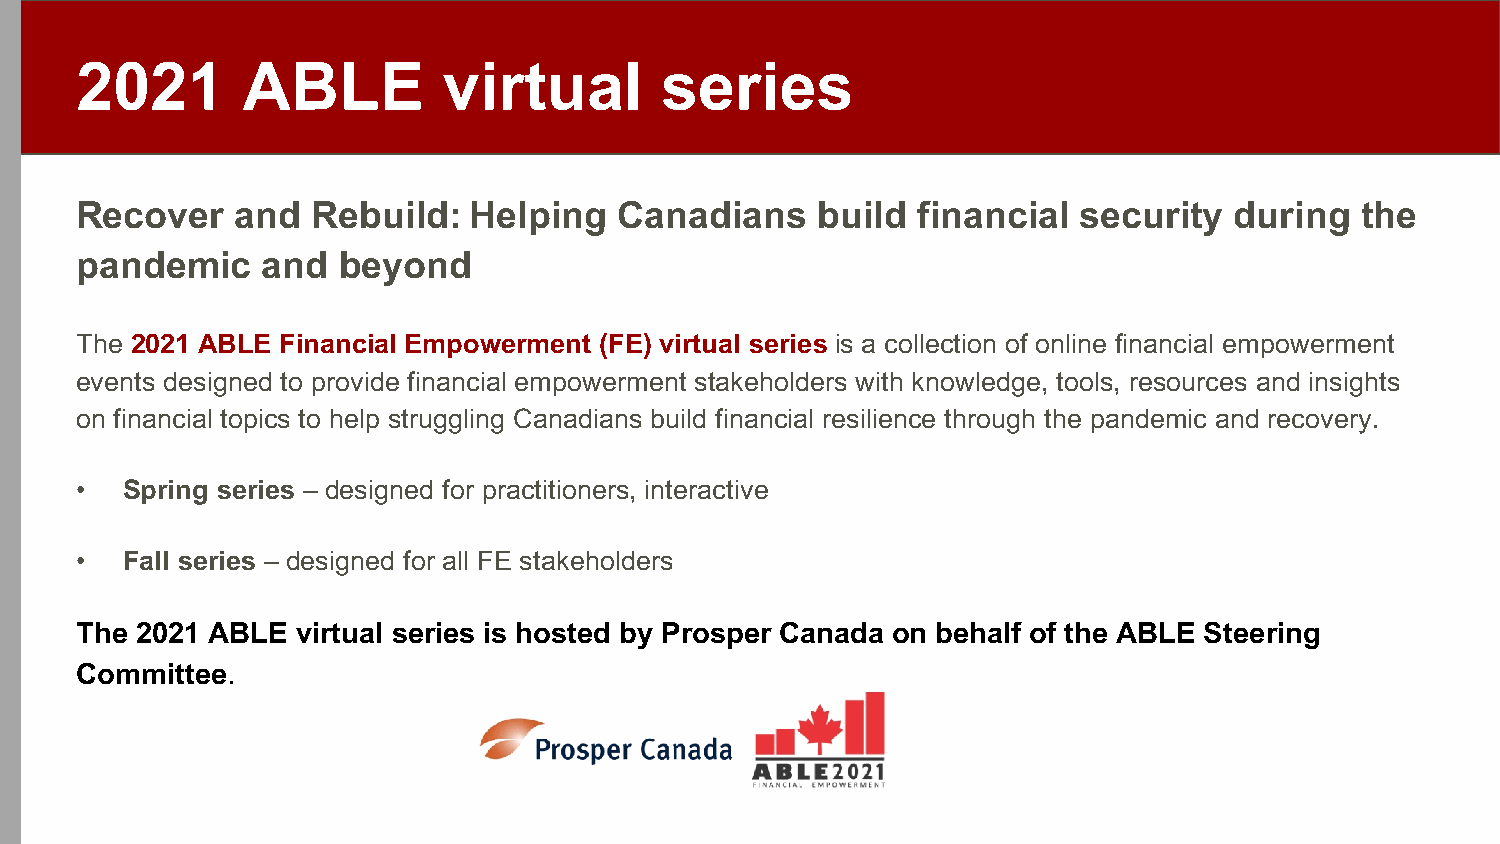
2021       ABLE         virtual        series
 Recover    and  Rebuild:  Helping   Canadians    build  financial security   during  the
 pandemic    and  beyond
 The 2021 ABLE Financial Empowerment (FE) virtual series is a collection of online financial empowerment
 events designed to provide financial empowerment stakeholders with knowledge, tools, resources and insights
 on financial topics to help struggling Canadians build financial resilience through the pandemic and recovery.
 •  Spring series – designed for practitioners, interactive
 •  Fall series – designed for all FE stakeholders
 The 2021 ABLE  virtual series is hosted by Prosper Canada on behalf of the ABLE Steering
 Committee.